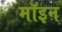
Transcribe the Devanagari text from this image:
मॉइन